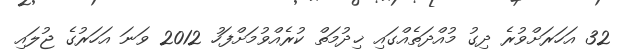
32 އަހަރަށްވުރެ ދިގު މުއްދަތެއްގައި ޚިދުމަތް ކުރެއްވުމަށްފަހު 2012 ވަނަ އަހަރުގެ ޖުލައި